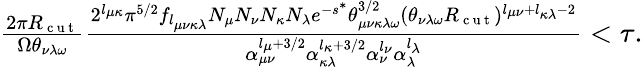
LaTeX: \begin{array}{r}{\frac{2\pi R_{\mathrm{~c~u~t~}}}{\Omega\theta_{\nu\lambda\omega}}\frac{2^{l_{\mu\kappa}}\pi^{5/2}f_{l_{\mu\nu\kappa\lambda}}N_{\mu}N_{\nu}N_{\kappa}N_{\lambda}e^{-s^{*}}\theta_{\mu\nu\kappa\lambda\omega}^{3/2}(\theta_{\nu\lambda\omega}R_{\mathrm{~c~u~t~}})^{l_{\mu\nu}+l_{\kappa\lambda}-2}}{\alpha_{\mu\nu}^{l_{\mu}+3/2}\alpha_{\kappa\lambda}^{l_{\kappa}+3/2}\alpha_{\nu}^{l_{\nu}}\alpha_{\lambda}^{l_{\lambda}}}<\tau.}\end{array}